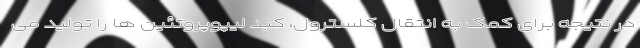
در نتیجه برای کمک به انتقال کلسترول، کبد لیپوپروتئین ها را تولید می